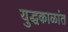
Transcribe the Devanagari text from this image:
युद्धकाळांत